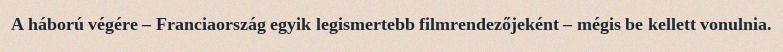
A háború végére – Franciaország egyik legismertebb filmrendezőjeként – mégis be kellett vonulnia.